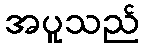
အပူသည်